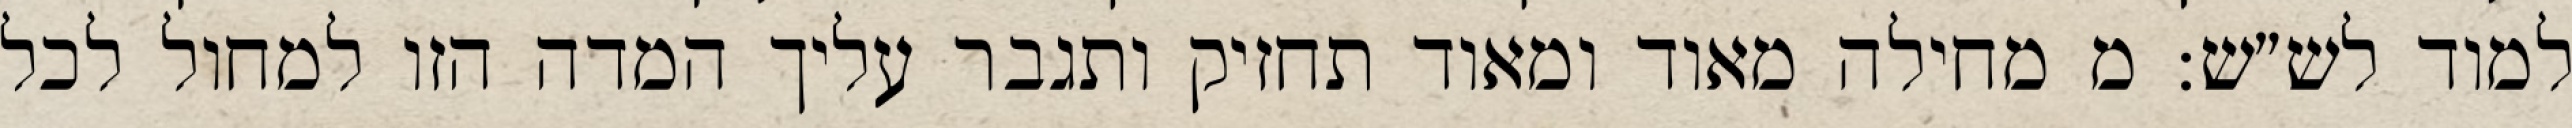
למוד לש״ש: מ מחילה מאוד ומאוד תחזיק ותגבר עליך המדה הזו למחול לכל